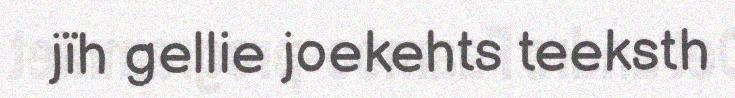
jïh gellie joekehts teeksth